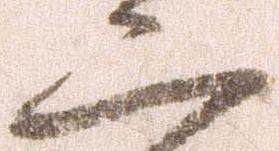
二